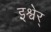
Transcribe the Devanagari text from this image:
इश्वेर्